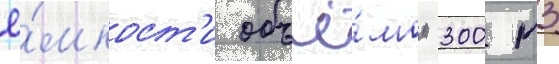
ё́мкост'и объё́мом 300 м3